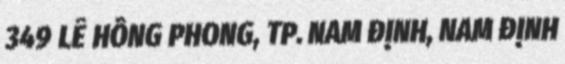
349 LÊ HỒNG PHONG, TP. NAM ĐỊNH, NAM ĐỊNH